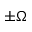
\pm \Omega